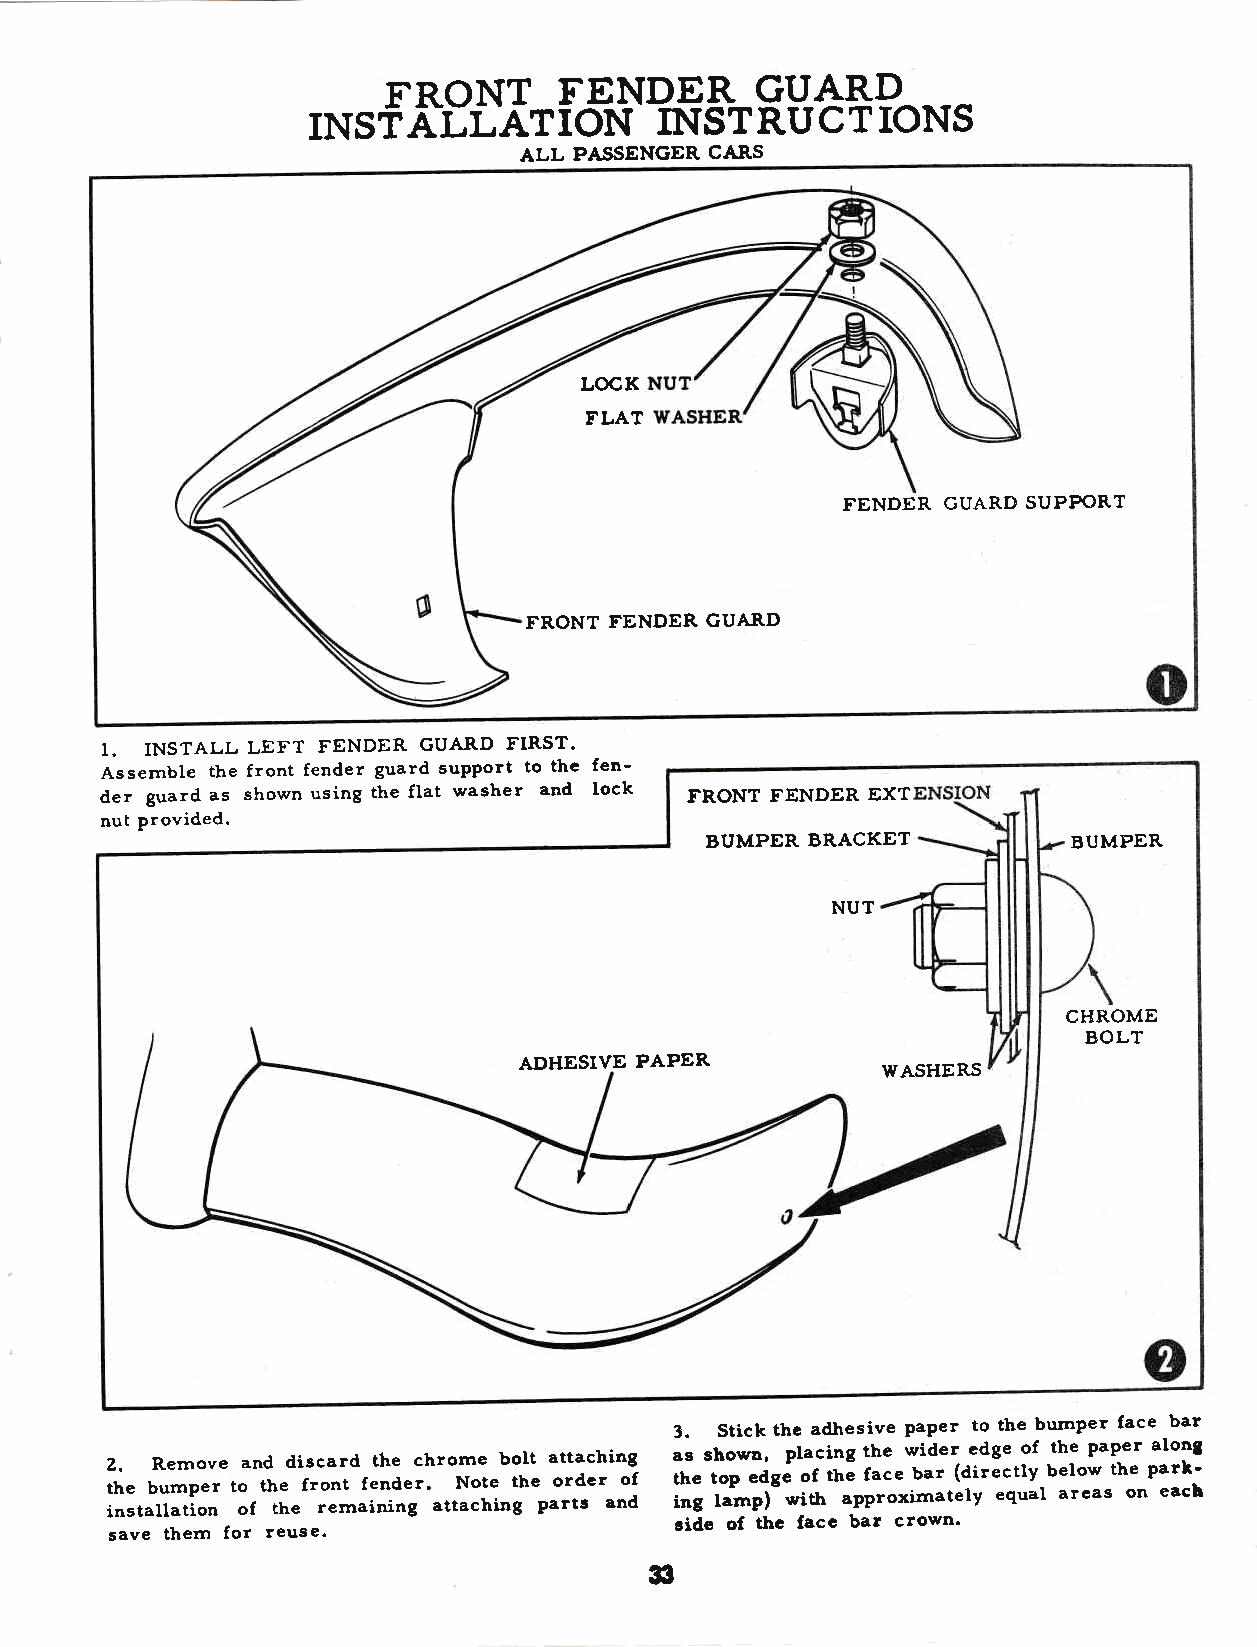
FRONT       TEND_EB._ET'-4BD
 INSf   ALLATTON        INSTRUCT       IONS
 ALL PASSENGER CARS
 LOCK
 FLAT
 FENDER GUARD SUPPORT
 FRONT FENDER GUARD
 I. INSTALL LEFT FENDER GUARD FIRST.
 Assemble the front fender guard suPPort to the fen-
 der guard as shown using the flat washer and lock FRONT FENDER EXT
 nut provided.
 BUMPER BRACKET          BUMPER
 NUT
 CHROME
 BOLT
 ADHESTVE PAPER
 WASHERS
 3. Stick the adhesive PaPer to the bumper face bar
 2 t inh. e s tabR u lle amm tp ioo ev nr e t o oa fn td h t hed ei fs rc o rea n mr td af e it nh n ie nd gec rh . ar o ttNm ao ce t h e ib n to ghl et p a aot rt ra td sc e h r ai n nog df a t inhs e g s t lh o ao p lp w e )n d -w, g ep i tl o ha f c i tn h ag J p t f pah rce oe xw b imi ad are tr ( e d le yid r eg ee c q t uo ly af lb th aee l ro e p w aa stp h e oer n p a ealo arn ckg b'
 side of tbe face bar crown'
 save them for reuse.
 33